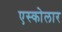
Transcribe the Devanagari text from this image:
एस्कोलार